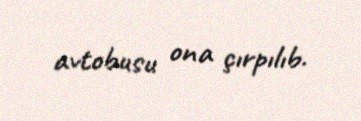
avtobusu ona çırpılıb.